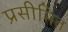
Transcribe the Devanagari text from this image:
प्रसीमित